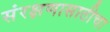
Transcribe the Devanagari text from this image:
संरक्षणासाठीचा